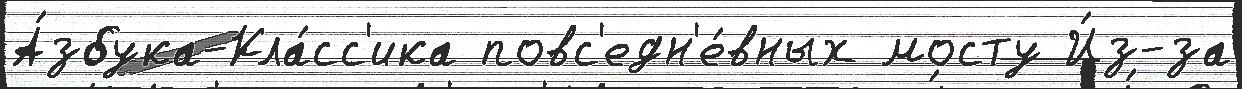
А́збука-Кла́сс'ика повс'едн'е́вных мосту И́з-за